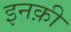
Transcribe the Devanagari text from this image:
इनक़ी